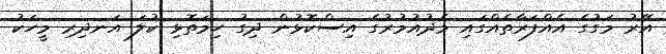
އޭރު މަގުގެ އެއްފަރާތެއްގައި މެދުއުމުރުގެ އިސްކޮޅުން ދިގު ހިމަތޮޅި ކުލަ އަނދިރި މީހަކު